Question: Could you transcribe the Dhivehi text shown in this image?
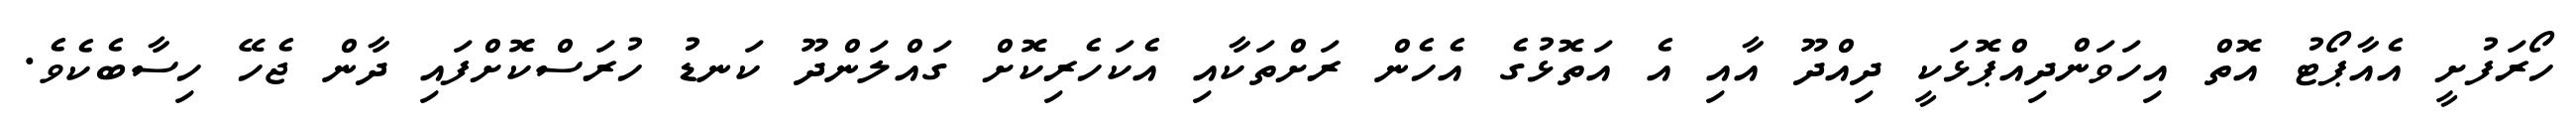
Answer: ހޯރަފުށީ އެއާޕޯޓު އޮތް އިހަވަންދިއްޕޮޅަކީ ދިއްދޫ އާއި އެ އަތޮޅުގެ އެހެން ރަށްތަކާއި އެކަހެރިކޮށް ގައްލަންދޫ ކަނޑު ހުރަސްކޮށްފައި ދާން ޖެހޭ ހިސާބެކެވެ.